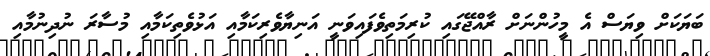
ބަޔަކަށް ވިޔަސް އެ މީހުންނަށް ރާއްޖޭގައި ކުރިމަތިވެފައިވަނީ އަނިޔާވެރިކަމާއި އަޅުވެތިކަމާއި މުސާރަ ނުދިނުމާއި